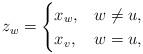
LaTeX: \begin{align*}z_w = \begin{cases}x_w, & w\neq u, \\x_v, & w = u, \end{cases}\end{align*}